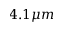
4 . 1 \mu m